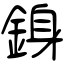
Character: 銵